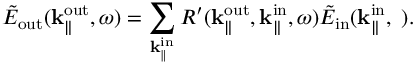
\tilde { E } _ { \mathrm { o u t } } ( { \bf k } _ { \parallel } ^ { \mathrm { o u t } } , \omega ) = \sum _ { { \bf k } _ { \parallel } ^ { \mathrm { i n } } } R ^ { \prime } ( { \bf k } _ { \parallel } ^ { \mathrm { o u t } } , { \bf k } _ { \parallel } ^ { \mathrm { i n } } , \omega ) \tilde { E } _ { \mathrm { i n } } ( \bf k _ { \parallel } ^ { \mathrm { i n } } , \omega ) .